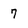
Character: 7